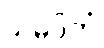
သမပ္ပိတံ